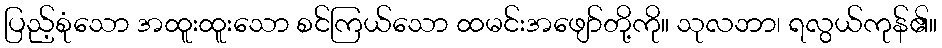
ပြည့်စုံသော အထူးထူးသော စင်ကြယ်သော ထမင်းအဖျော်တို့ကို။ သုလဘာ၊ ရလွယ်ကုန်၏။